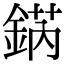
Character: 𨧨